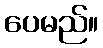
ပေမည်။